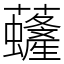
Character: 虄